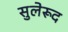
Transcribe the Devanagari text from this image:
सुलेरूद